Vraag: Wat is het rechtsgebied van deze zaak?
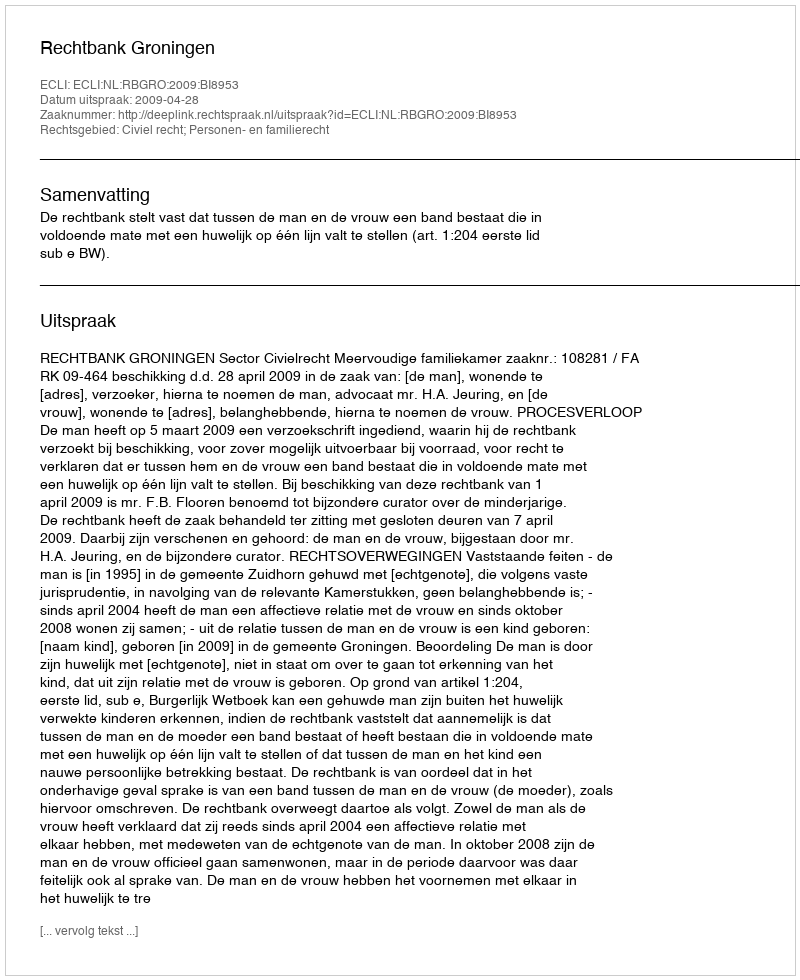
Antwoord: Civiel recht; Personen- en familierecht